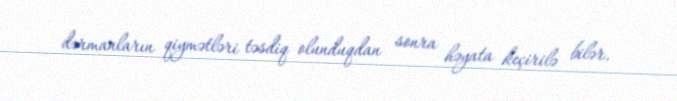
dərmanların qiymətləri təsdiq olunduqdan sonra həyata keçirilə bilər.